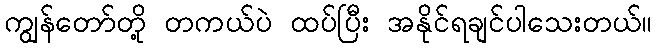
ကျွန်တော်တို့ တကယ်ပဲ ထပ်ပြီး အနိုင်ရချင်ပါသေးတယ်။